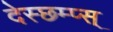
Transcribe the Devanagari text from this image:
देस्छम्प्स्